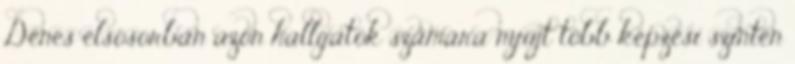
Dénes elsõsorban azon hallgatók számára nyújt több képzési szinten